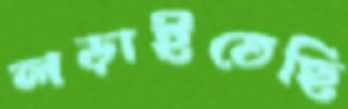
লড়াইতেছি